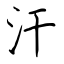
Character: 汗